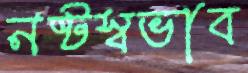
নষ্টস্বভাব